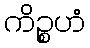
ကိဉ္စဟံ